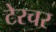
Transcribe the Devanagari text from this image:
टेरचर